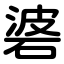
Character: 碆